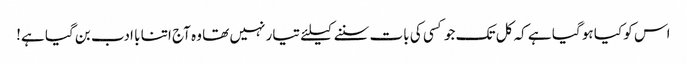
اس کو کیا ہو گیا ہے کہ کل تک جو کسی کی بات سننے کیلئے تیار نہیں تھا وہ آج اتنا با ادب بن گیا ہے!